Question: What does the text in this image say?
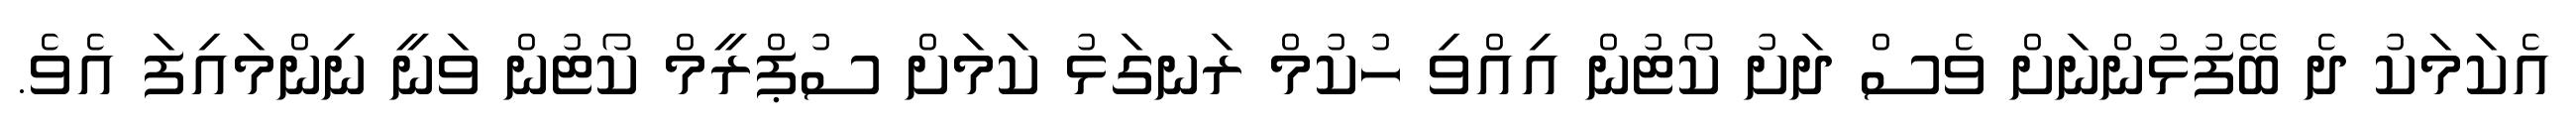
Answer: އެކަމަކު ދެ ބޭފުޅުންނަށް ވެސް ދަށު ކޯޓުން އިއްވި ހުކުމް ރަނގަޅު ކަމަށް ސުޕްރީމް ކޯޓުން ވަނީ ނިންމައިފަ އެވެ.